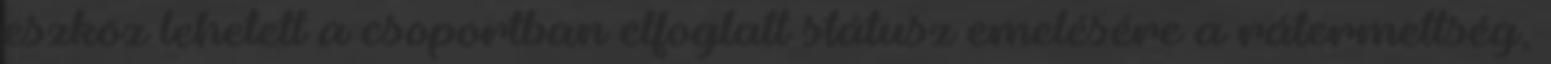
eszköz lehetett a csoportban elfoglalt státusz emelésére a rátermettség,